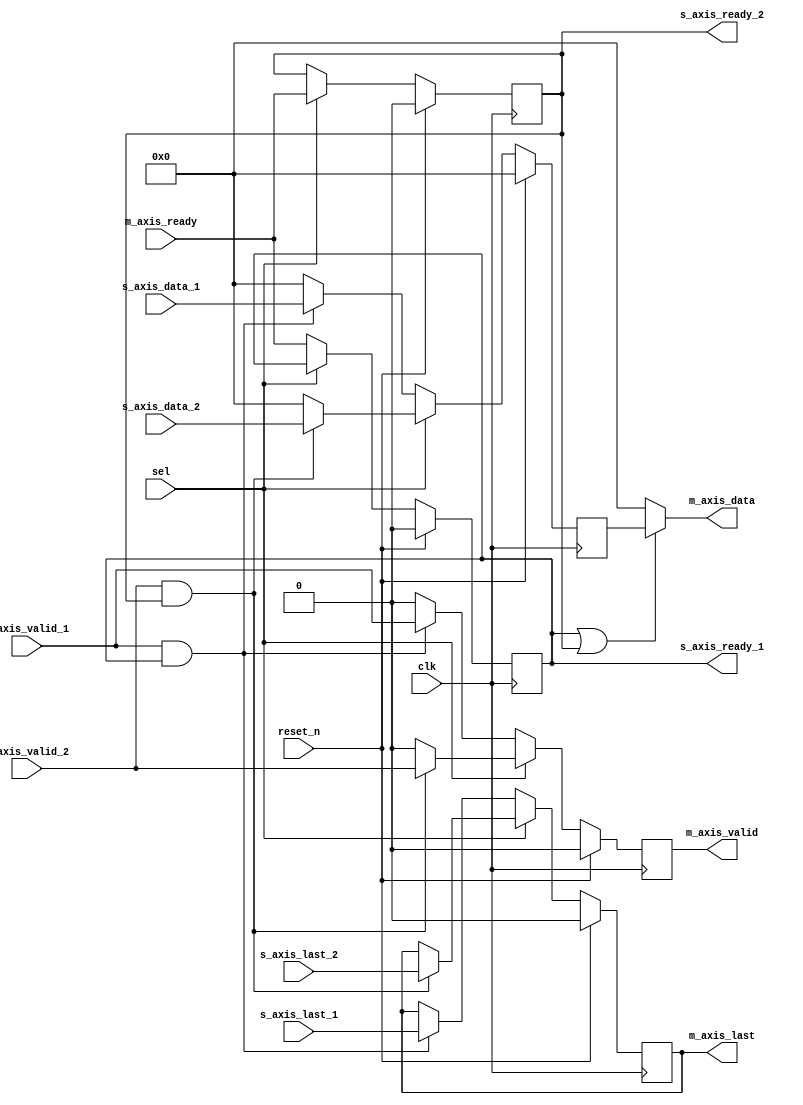
`timescale 1ns / 1ps
//////////////////////////////////////////////////////////////////////////////////
// Company: 
// Engineer: 
// 
// Design Name: 
// Module Name: mux_axi
// Project Name: 
// Target Devices: 
// Tool Versions: 
// Description: 
// 
// Dependencies: 
// 
// Revision:
// Revision 0.01 - File Created
// Additional Comments:
// 
//////////////////////////////////////////////////////////////////////////////////


 module mux_axi(
     
     input wire clk,
    input wire reset_n,
    
    input wire [7:0] s_axis_data_1,
    input wire s_axis_valid_1,
    output wire s_axis_ready_1,
    input wire s_axis_last_1,
    
    input wire [7:0] s_axis_data_2,
    input wire s_axis_valid_2,
    output wire s_axis_ready_2,
    input wire s_axis_last_2,
    
    output wire [7:0] m_axis_data,
    output wire m_axis_valid,
    input wire m_axis_ready,
    output wire m_axis_last,
    
    input wire sel
);

  //reg data_last;
  
  reg [7:0] m_axis_data_w = 8'b0; ;
  reg s_axis_ready_reg1;
  reg s_axis_ready_reg2;
  reg m_axis_valid_reg;
  reg tlast_reg;
   

always @(posedge clk) begin
    if (reset_n) begin
        m_axis_data_w <= 8'b0;
        //s_axis_ready_reg1 <= 1'b0;
        //s_axis_ready_reg2 <= 1'b0;
        tlast_reg <= 1'b0;
        m_axis_valid_reg <= 1'b0;
       // data_last <= 1'b0;
    end else begin
        if (sel) begin
            if (s_axis_valid_2 && s_axis_ready_2) begin
                m_axis_data_w <= s_axis_data_2;
                m_axis_valid_reg <= s_axis_valid_2;
                //s_axis_ready_reg2 <= m_axis_ready;
                tlast_reg <= s_axis_last_2;  // Select input_b
               
            
        end else begin
                m_axis_data_w <= 0;
                m_axis_valid_reg <= 0;
              end
           end else begin
                if (s_axis_valid_1 && s_axis_ready_1) begin    
                m_axis_data_w <= s_axis_data_1;
                m_axis_valid_reg <= s_axis_valid_1;
               // s_axis_ready_reg1 <= m_axis_ready;
                tlast_reg <= s_axis_last_1;  // Select input_a
             
            end
            else
            begin
              m_axis_data_w <= 0;
              m_axis_valid_reg <= 0;
           end
         end
          end
     end


       always @(posedge clk) begin
         if(reset_n)
          begin
            s_axis_ready_reg1 <= 8'b0;
            s_axis_ready_reg2 <= 8'b0;
            
           end
           else
           begin
           if(!sel)begin
           s_axis_ready_reg1 <= m_axis_ready;
           end
           else begin
           s_axis_ready_reg2 <= m_axis_ready;
           end
           end
       end
           
           

         assign m_axis_data =  (s_axis_ready_reg1 || s_axis_ready_reg2)? m_axis_data_w:0;
         assign s_axis_ready_1 = s_axis_ready_reg1;
         assign s_axis_ready_2 = s_axis_ready_reg2;
         assign m_axis_valid = m_axis_valid_reg;
         assign m_axis_last = tlast_reg;

endmodule